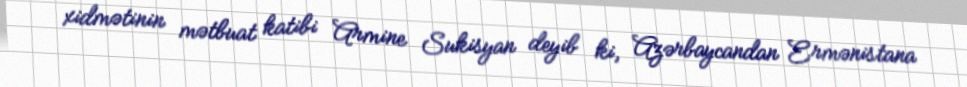
xidmətinin mətbuat katibi Armine Sukisyan deyib ki, Azərbaycandan Ermənistana